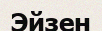
Эйзен